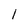
Character: 1